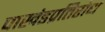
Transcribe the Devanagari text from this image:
पाखंडप्रतिरोध